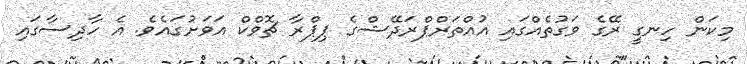
މިކަން ހިނގީ ރޭގެ ވަގުތެއްގައި އުއްތަރްޕްރަދޭޝްގެ ޕިޕްރާ ޗޮވްކް އަވަށުގައެވެ. އެ ހާދިސާގައި